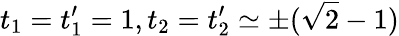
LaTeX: t_{1}=t_{1}^{\prime}=1,t_{2}=t_{2}^{\prime}\simeq\pm(\sqrt{2}-1)